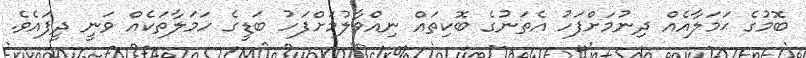
ބޮމުގެ ޙަމަލާއެއް ދިނުމަށްފަހު އެތަނުގެ ބޮކިތައް ނިއްވާލުމަށްފަހު ބަޑީގެ ހަމަލާތަކެއް ވަނީ ދީފައެވެ.